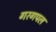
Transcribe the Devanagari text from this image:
गरगपल